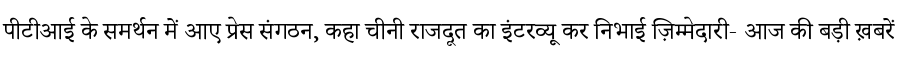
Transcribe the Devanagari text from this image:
पीटीआई के समर्थन में आए प्रेस संगठन, कहा चीनी राजदूत का इंटरव्यू कर निभाई ज़िम्मेदारी- आज की बड़ी ख़बरें